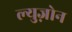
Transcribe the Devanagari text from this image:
ल्युज़ोन